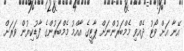
އޭނާ އަށް ވޯޓު ދެއްވި މެމްބަރުންނަށް ޕާޓީގެ އާއްމު މެމްބަރުންގެ ފާޑުކިޔުން ވަރަށް